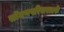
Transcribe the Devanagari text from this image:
सॊमणपरिवारातर्फे